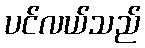
ပင်လယ်သည်